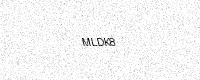
Text: MLDK8